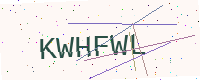
Text: KWHFWL